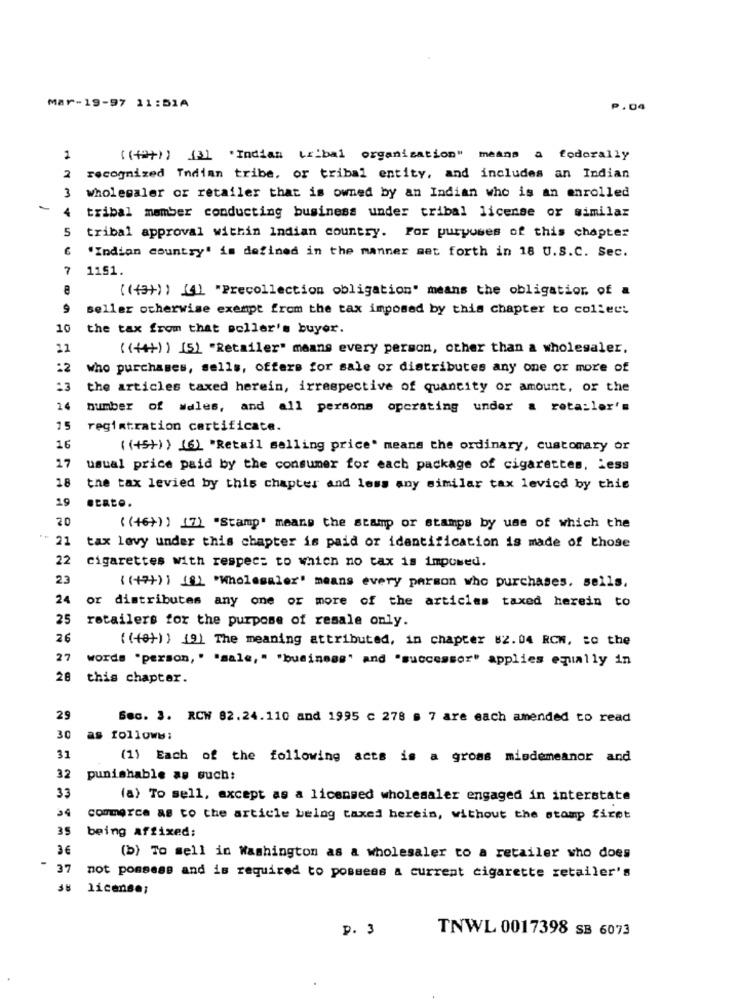
Mar-19-97 11:51A
P.04
2
((+))) (31 "Indian tribal organization" means a federally
2
recognized Indian tribe, or tribal entity, and includes an Indian
3
wholesaler or retailer that is owned by an Indian who is an enrolled
4
tribal member conducting business under tribal license or similar
5
tribal approval within Indian country. For purposes of this chapter
"Indian country' is defined in the manner set forth in 18 U.S.C. Sec.
7
1151.
((+3)) ) (1) "Precollection obligation" means the obligation of a
seller otherwise exempt from the tax imposed by this chapter to collect
10
the tax from that seller's buyor.
( (+4+) ) (5) "Retailer" means every person, other than a wholesaler,
:2
who purchases, sells, offers for sale or distributes any one or more of
the articles taxed herein, irrespective of quantity or amount, or the
number of wales, and all persons operating under a rota:ler's
15
registration certificate.
16
( (+5+) > (6) "Retail selling price" means the ordinary, customary or
17
usual price paid by the consumer for each package of cigarettes, Less
18
the tax levied by this chapter and loss any similar tax levied by this
19
20
( (46+) ) (7) "Stamp" means the stamp or stamps by use of which the
21
tax lovy under this chapter is paid or identification is made of those
22
cigarettes with respect to which no tax is impomed.
2.3
( (+7+) ] [8) "Wholesaler" means every person who purchases. sells.
24
or distributes any one or more of the articles taxed herein to
25
retailers for the purpose of resale only.
26
(((0))) (9) The meaning attributed, in chapter 82.04 RCW, to the
27
words "person, " "sale," "business" and "successor" applies equally in
28
this chapter.
25
Sec. 3. RCW 82.24.110 and 1995 c 278 s 7 are each amended to read
30
as follows:
31
(1) Each of the following acts is a gross misdemeanor and
32
punishable as such:
33
(a) To sell, except as a licensed wholesaler engaged in interstate
34
commerce as to the article being taxed herein, without the stamp first
35
being affixed:
3€
(b) To sell in Washington as a wholesaler to a retailer who does
-
37
not possess and is required to possess a current cigarette retailer's
license;
p. 3
TNWL 0017398 SB 6073